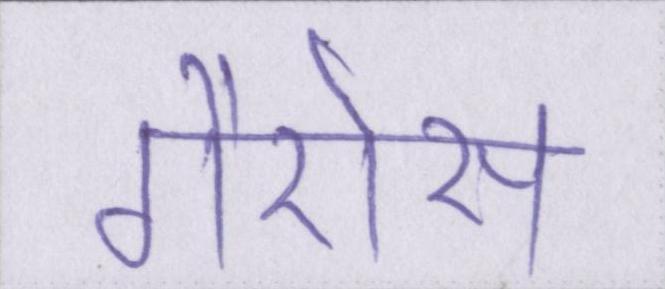
गैरोस